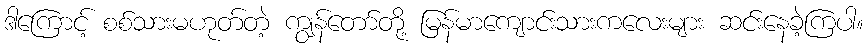
ဒါကြောင့် စစ်သားမဟုတ်တဲ့ ကျွန်တော်တို့ မြန်မာကျောင်းသားကလေးများ ဆင်းနေခဲ့ကြပါ။